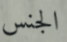
الجنس